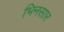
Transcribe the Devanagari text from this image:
भिनसार